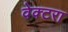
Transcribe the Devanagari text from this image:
वेक्टरा